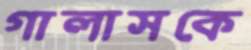
গালাসকে